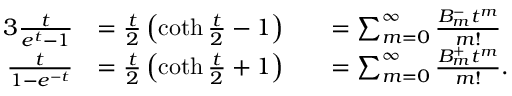
{ \begin{array} { r l r l } { { 3 } { \frac { t } { e ^ { t } - 1 } } } & { = { \frac { t } { 2 } } \left( \coth { \frac { t } { 2 } } - 1 \right) } & & { = \sum _ { m = 0 } ^ { \infty } { \frac { B _ { m } ^ { - } t ^ { m } } { m ! } } } \\ { { \frac { t } { 1 - e ^ { - t } } } } & { = { \frac { t } { 2 } } \left( \coth { \frac { t } { 2 } } + 1 \right) } & & { = \sum _ { m = 0 } ^ { \infty } { \frac { B _ { m } ^ { + } t ^ { m } } { m ! } } . } \end{array} }